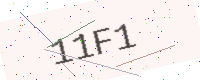
Text: 11F1